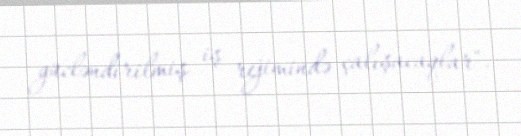
gücləndirilmiş iş rejimində çalışacaqlar".